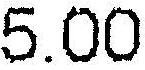
5.00